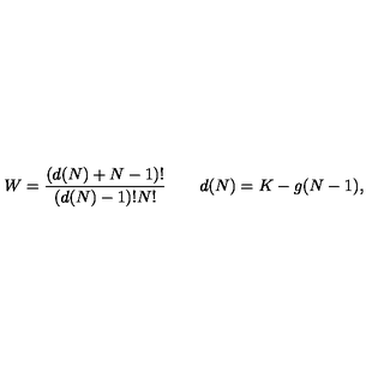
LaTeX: W = \frac { ( d ( N ) + N - 1 ) ! } { ( d ( N ) - 1 ) ! N ! } \qquad d ( N ) = K - g ( N - 1 ) ,